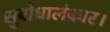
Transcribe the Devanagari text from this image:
सुबोधालंकार।